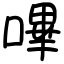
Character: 嗶